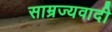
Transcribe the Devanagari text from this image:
साम्रज्यवादी